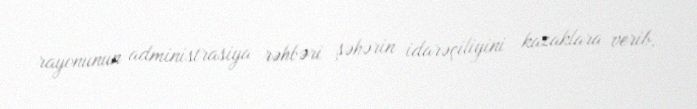
rayonunun administrasiya rəhbəri şəhərin idarəçiliyini kazaklara verib.